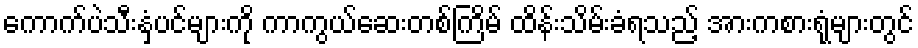
ကောက်ပဲသီးနှံပင်များကို ကာကွယ်ဆေးတစ်ကြိမ် ထိန်းသိမ်းခံရသည့် အားကစားရုံများတွင်